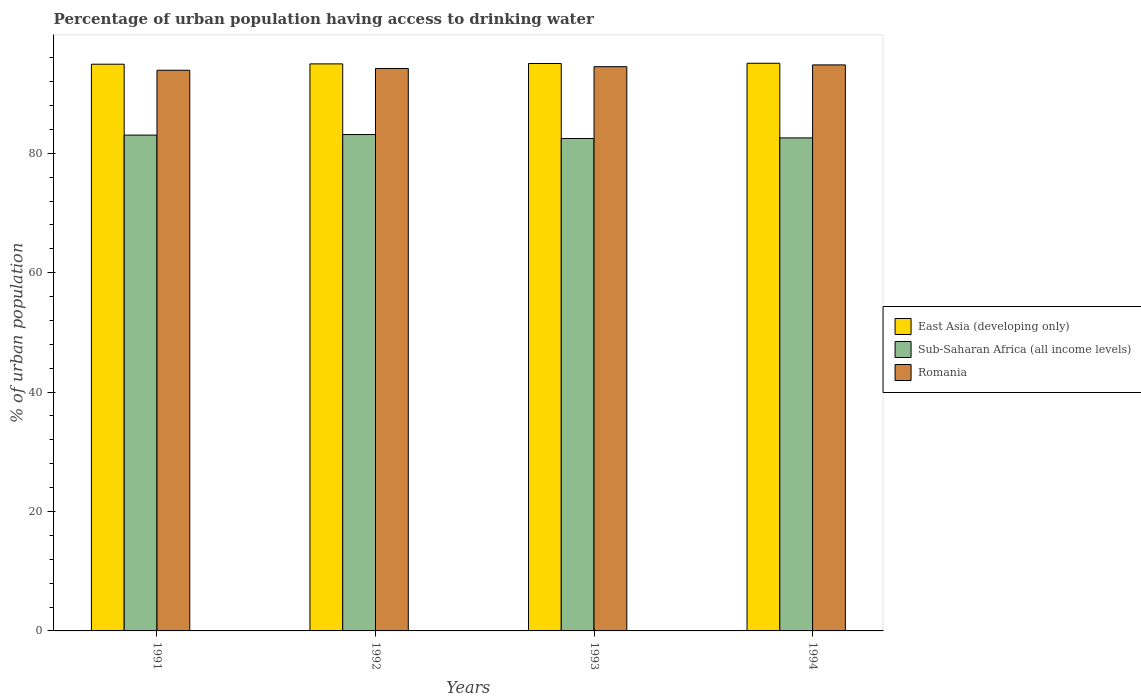
| Years | East Asia (developing only) | Sub-Saharan Africa (all income levels) | Romania |
 | --- | --- | --- | --- |
 | 1991 | 94.9 | 83 | 93.9 |
 | 1992 | 95 | 83.1 | 94.2 |
 | 1993 | 95 | 82.5 | 94.5 |
 | 1994 | 95.1 | 82.6 | 94.8 |